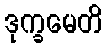
ဒုက္ခမေတိ